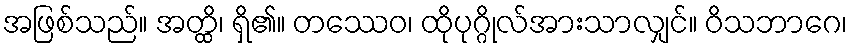
အဖြစ်သည်။ အတ္ထိ၊ ရှိ၏။ တဿေဝ၊ ထိုပုဂ္ဂိုလ်အားသာလျှင်။ ဝိသဘာဂေ၊